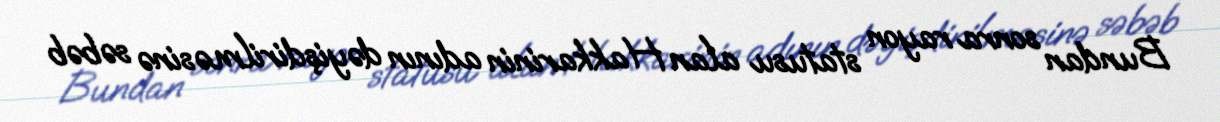
Bundan sonra rayon statusu alan Hakkarinin adının dəyişdirilməsinə səbəb